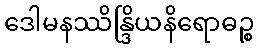
ဒေါမနဿိန္ဒြိယနိရောဓဉ္စ